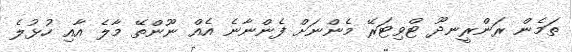
ތަމެން ރަންރީނދޫ ޓްވިޓަރޭ މެންނަށް ފެންނާނެ އެއް ނޫންތޭ މާލެ އާއި ހުޅުލެ